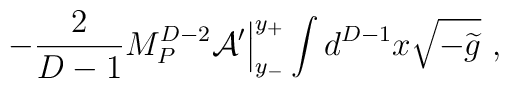
-{2\over{D-1}}M_P^{D-2} {\cal A}^\prime\Big|_{y_-}^{y_+}\int d^{D-1} x \sqrt{-{\widetilde g}}~,